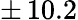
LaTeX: \pm\, 10.2